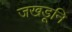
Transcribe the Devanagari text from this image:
जखडूनि